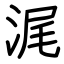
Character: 浘